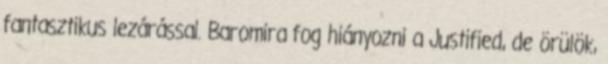
fantasztikus lezárással. Baromira fog hiányozni a Justified, de örülök,